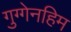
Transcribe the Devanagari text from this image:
गुग्गेनहिम